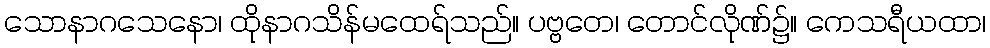
သောနာဂသေနော၊ ထိုနာဂသိန်မထေရ်သည်။ ပဗ္ဗတေ၊ တောင်လိုဏ်၌။ ကေသရီယထာ၊